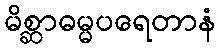
မိစ္ဆာဓမ္မပရေတာနံ